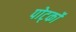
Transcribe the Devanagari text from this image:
पोर्ट्को